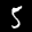
Label: 5